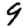
Digit: 9